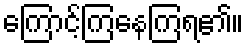
ကြောင့်ကြနေကြရ၏။